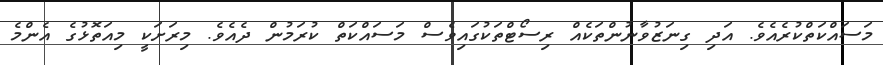
މަސައްކަތްކުރެއެވެ. އަދި ގިނަޒުވާނުންތަކެއް ރިސޯޓްތަކުގައިވެސް މަސައްކަތް ކުރަމުން ދެއެވެ. މިރަށަކީ މިއަތޮޅުގެ އެންމެ